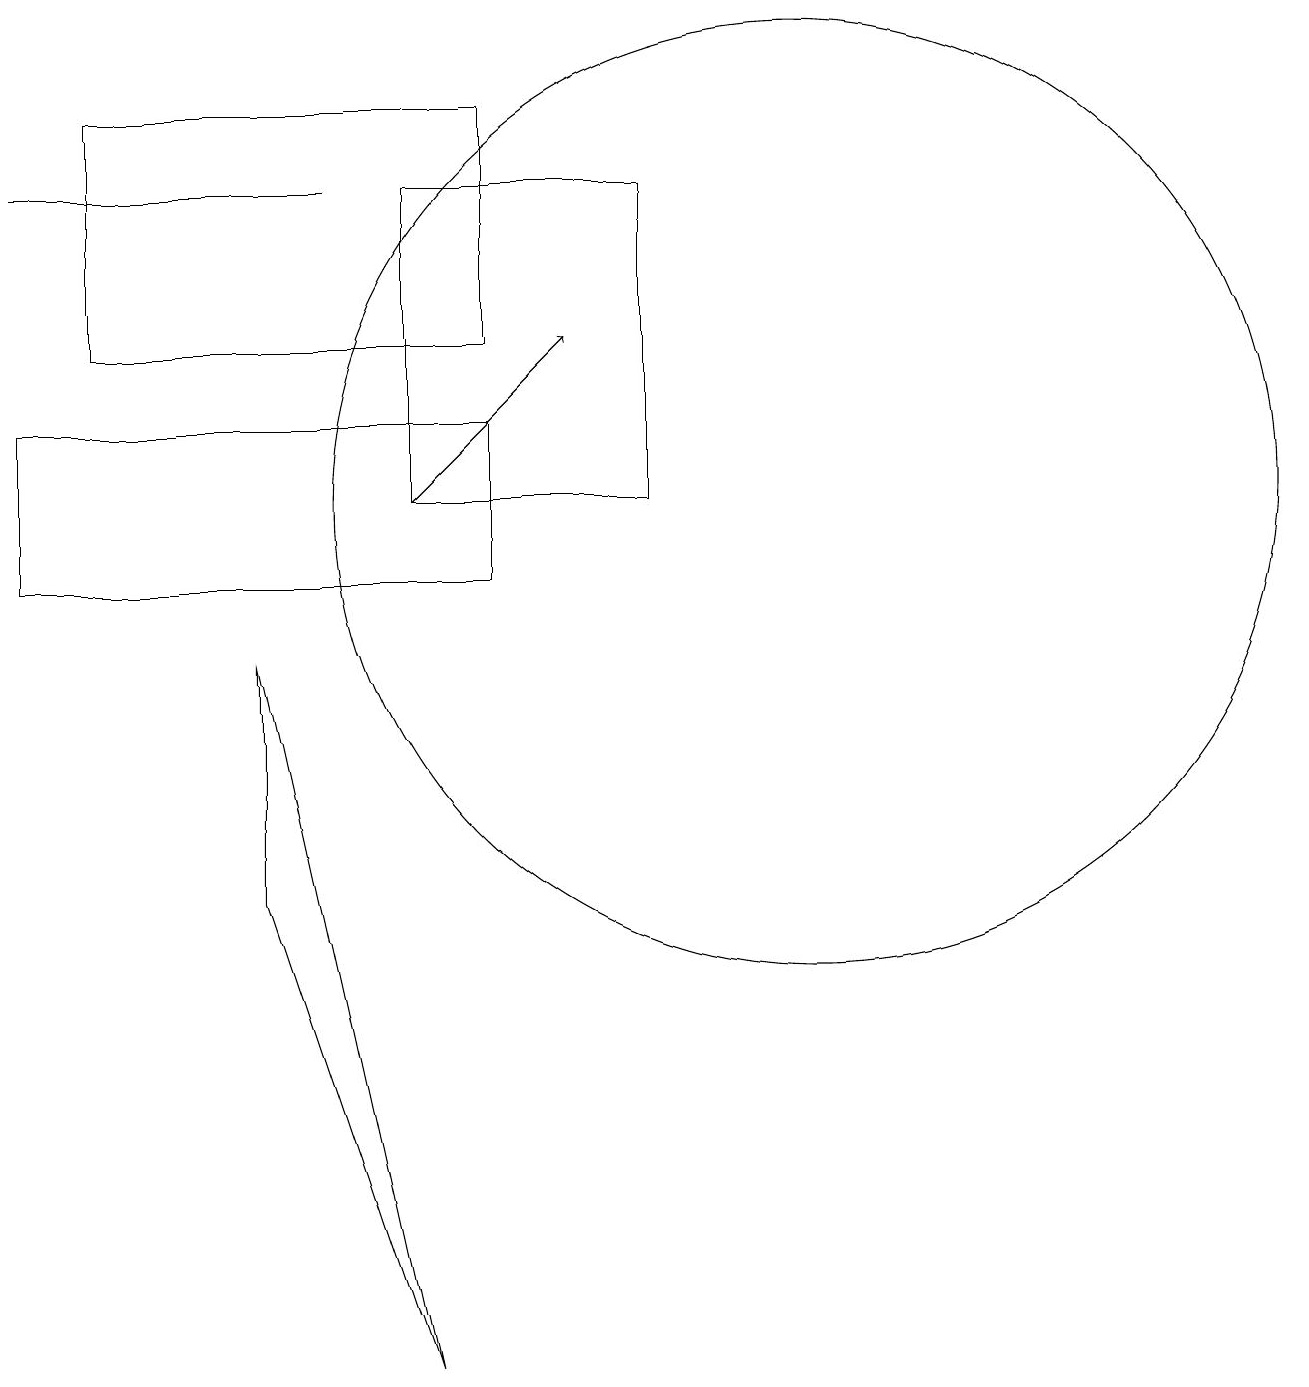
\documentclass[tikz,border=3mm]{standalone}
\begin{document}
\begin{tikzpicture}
\draw (5,16) rectangle (6,16);
\draw (4,15) rectangle (0,15);
\draw (1,13) rectangle (6,16);
\draw (3,9) -- (5,0) -- (3,6) -- cycle;
\draw (8,11) rectangle (5,15);
\draw (10,11) circle (6);
\draw[->] (5,11) -- (7,13);
\draw (6,10) rectangle (0,12);
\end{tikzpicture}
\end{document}